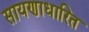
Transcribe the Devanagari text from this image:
सायणाधारित